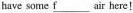
have some \underline{f}air here!